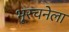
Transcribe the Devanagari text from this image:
भूरचनेला